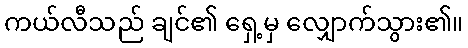
ကယ်လီသည် ချင်၏ ရှေ့မှ လျှောက်သွား၏။